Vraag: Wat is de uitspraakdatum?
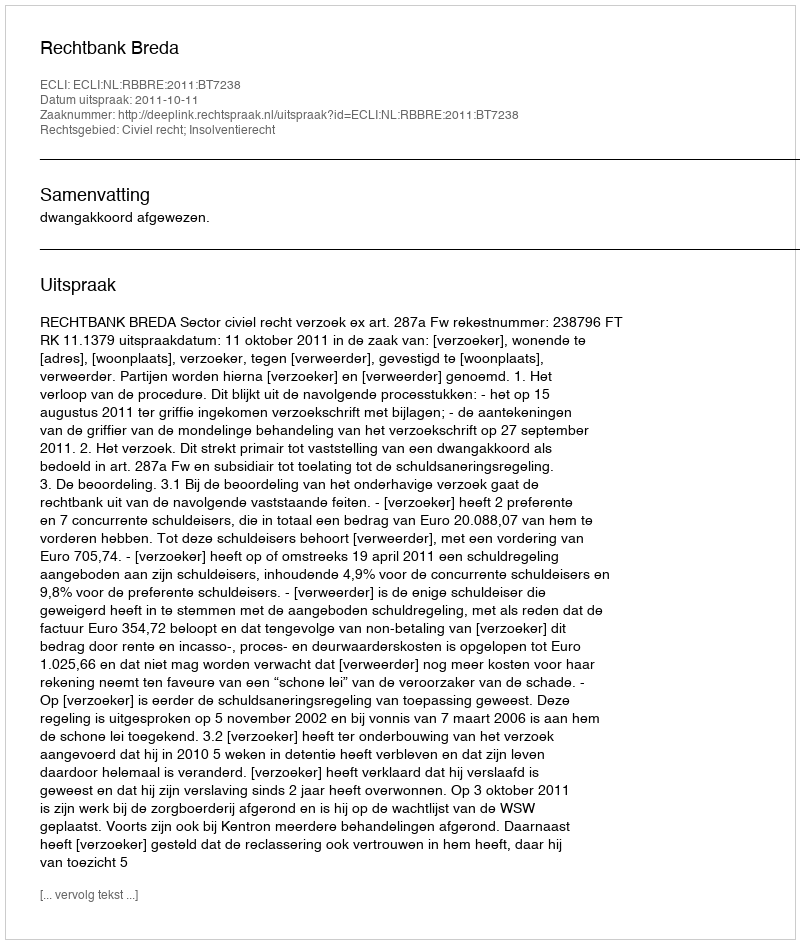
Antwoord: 2011-10-11